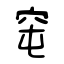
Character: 窀